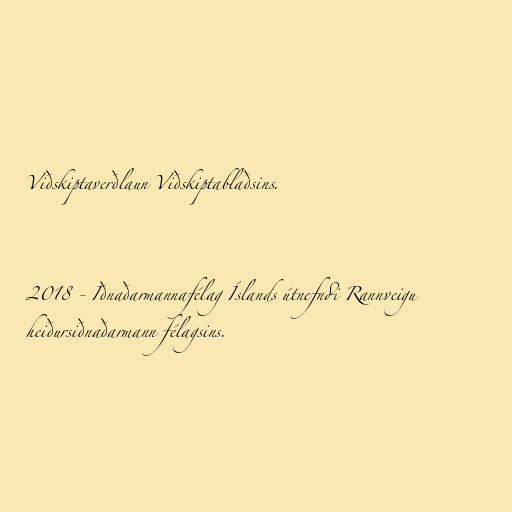
Viðskiptaverðlaun Viðskiptablaðsins.

2018 - Iðnaðarmannafélag Íslands útnefndi Rannveigu
heiðursiðnaðarmann félagsins.